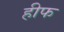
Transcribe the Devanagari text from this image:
हीफ